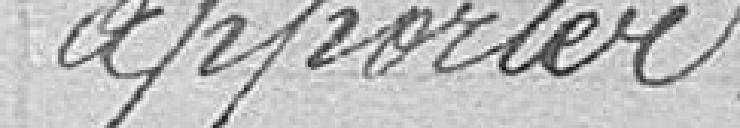
apporter.